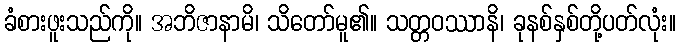
ခံစားဖူးသည်ကို။ အဘိဇာနာမိ၊ သိတော်မူ၏။ သတ္တဝဿာနိ၊ ခုနစ်နှစ်တို့ပတ်လုံး။